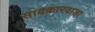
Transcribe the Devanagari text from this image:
सावकारवाडा